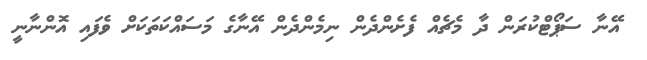
އޭނާ ސަޕޯޓްކުރަން ދާ މެޗެއް ފެށެންދެން ނިމެންދެން އޭނާގެ މަސައްކަތަކަށް ވެފައި އޮންނާނީ